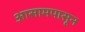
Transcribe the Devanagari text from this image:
आसामपासून